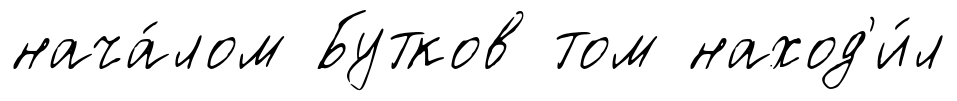
нача́лом Бутков том наход'и́л